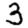
Digit: 3